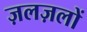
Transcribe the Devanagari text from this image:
ज़लज़लों